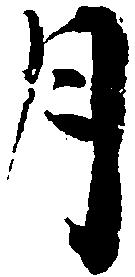
月